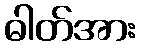
ဓါတ်အား